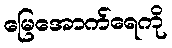
မြေအောက်ရေကို